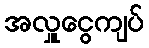
အလှူငွေကျပ်